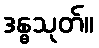
ဒန္ဓသုတ်။